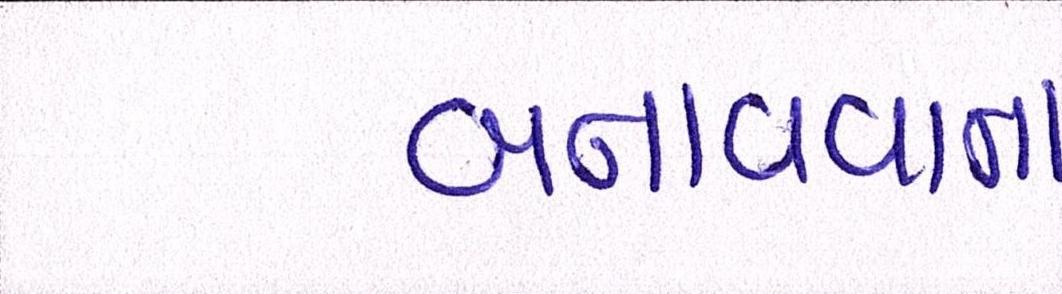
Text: બનાવવાના